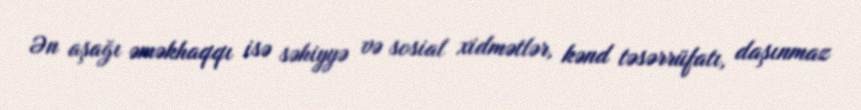
Ən aşağı əməkhaqqı isə səhiyyə və sosial xidmətlər, kənd təsərrüfatı, daşınmaz